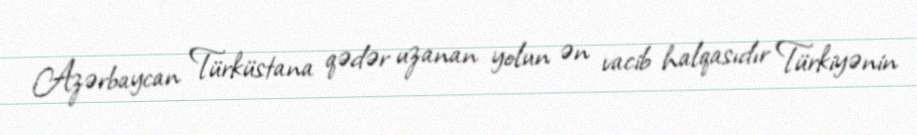
Azərbaycan Türküstana qədər uzanan yolun ən vacib halqasıdır Türkiyənin